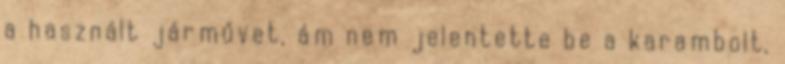
a használt járművet, ám nem jelentette be a karambolt,